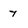
Character: 7